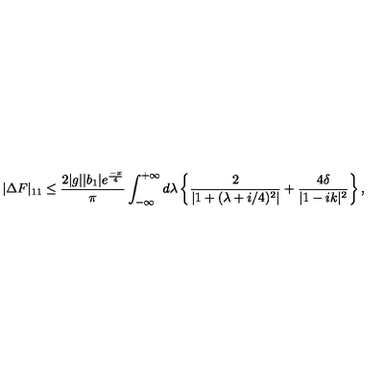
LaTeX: | \Delta F | _ { 1 1 } \leq \frac { 2 | g | | b _ { 1 } | e ^ { \frac { - x } { 4 } } } { \pi } \int _ { - \infty } ^ { + \infty } d \lambda \left\{ \frac { 2 } { | 1 + ( \lambda + i / 4 ) ^ { 2 } | } + \frac { 4 \delta } { | 1 - i k | ^ { 2 } } \right\} ,